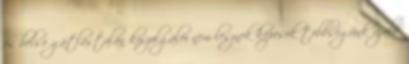
és belsõ gátlástalan kiszolgálói nem lesznek képesek többségünk újabb